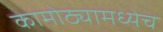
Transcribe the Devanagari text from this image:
कामोठ्यामध्येच